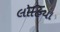
લોહિયા